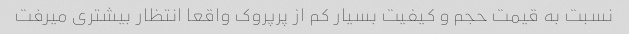
نسبت به قیمت حجم و کیفیت بسیار کم از پرپروک واقعا انتظار بیشتری میرفت